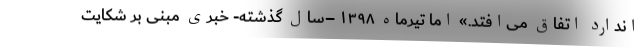
اندارد اتفاق می‌افتد.» امّا تیرماه ۱۳۹۸ –سال گذشته- خبری مبنی بر شکایت